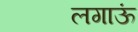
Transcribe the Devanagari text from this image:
लगाऊं